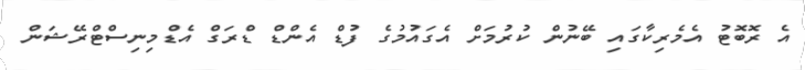
އެ ރޮބޮޓު އެމެރިކާގައި ބޭނުން ކުރުމަށް އެގައުމުގެ ފުޑް އެންޑް ޑްރަގް އެޑްމިނިސްޓްރޭޝަން